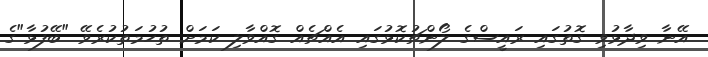
އޭނާ ވިދާޅުވި ގޮތުގައި ރައީސްގެ ލޯންޗުކޮޅުގައި އެއްޗެއް ގޮއްވާލި ކަމަށް ތުހުމަތުކުރެވޭ "ބޭފުޅާ"ގެ